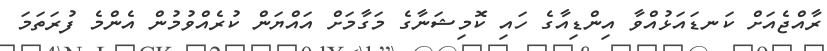
ރާއްޖެއަށް ކަނޑައަޅުއްވާ އިންޑިއާގެ ހައި ކޮމިޝަނާގެ މަގާމަށް އައްޔަން ކުރެއްވުމުން އެންމެ ފުރަތަމަ